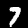
Digit: 7